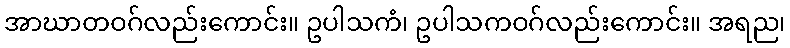
အာဃာတဝဂ်လည်းကောင်း။ ဥပါသကံ၊ ဥပါသကဝဂ်လည်းကောင်း။ အရည၊